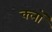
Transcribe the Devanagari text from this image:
क्लॉ